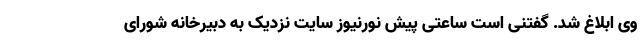
وی ابلاغ شد. گفتنی است ساعتی پیش نورنیوز سایت نزدیک به دبیرخانه شورای